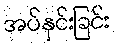
အပ်နှင်းခြင်း